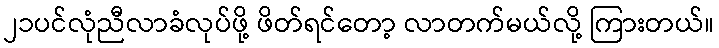
၂၁ပင်လုံညီလာခံလုပ်ဖို့ ဖိတ်ရင်တော့ လာတက်မယ်လို့ ကြားတယ်။